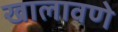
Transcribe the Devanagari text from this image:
खालावणे